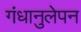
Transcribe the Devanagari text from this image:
गंधानुलेपन